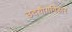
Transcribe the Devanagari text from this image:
उदयोगविहार